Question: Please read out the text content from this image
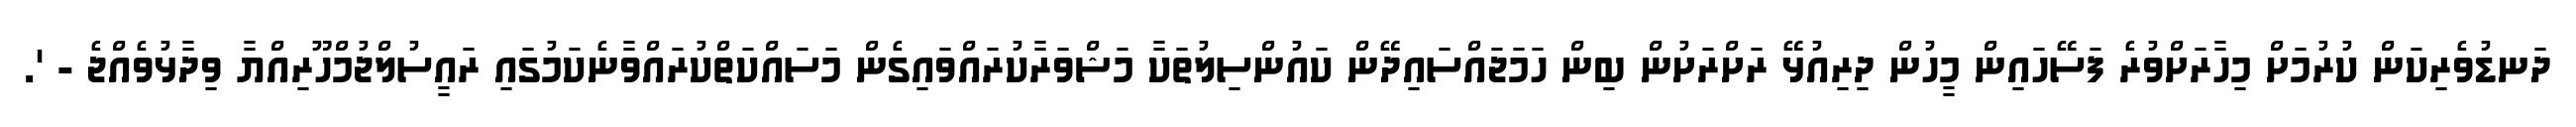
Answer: ދަނޑުވެރިކަން ކުރުމަށް މިހާރަށްވުރެ ފަސޭހައިން މީހުން ދިރިއުޅޭ ރަށްރަށުން ބިން ހަމަޖައްސައިދޭން ކައުންސިލުތަކާ މަޝްވަރާކުރައްވައިގެން މަސައްކަތްކުރައްވާނެކަމުގައި ރައީސުލްޖުމްހޫރިއްޔާ ވިދާޅުވެއްޖެ - '.